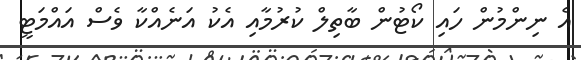
އެ ނިންމުން ހައި ކޯޓުން ބާތިލް ކުރުމާއި އެކު އަނެއްކާ ވެސް އައްމަޓީ